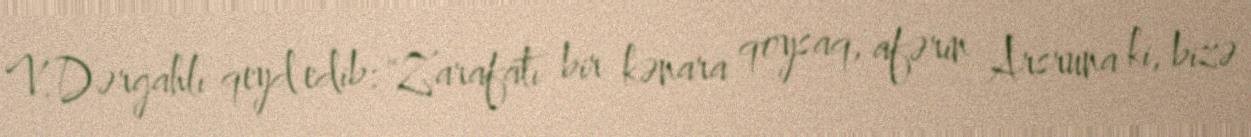
V.Dərgahlı qeyd edib: "Zarafatı bir kənara qoysaq, afərin Arsruna ki, bizə